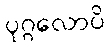
ပုဂ္ဂလောပိ